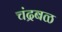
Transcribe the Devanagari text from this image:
चंद्रबळ